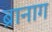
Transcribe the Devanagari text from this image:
ब्रानाग